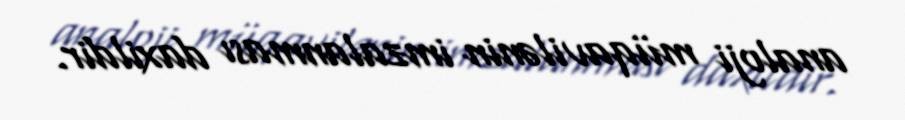
analoji müqavilənin imzalanması daxildir.